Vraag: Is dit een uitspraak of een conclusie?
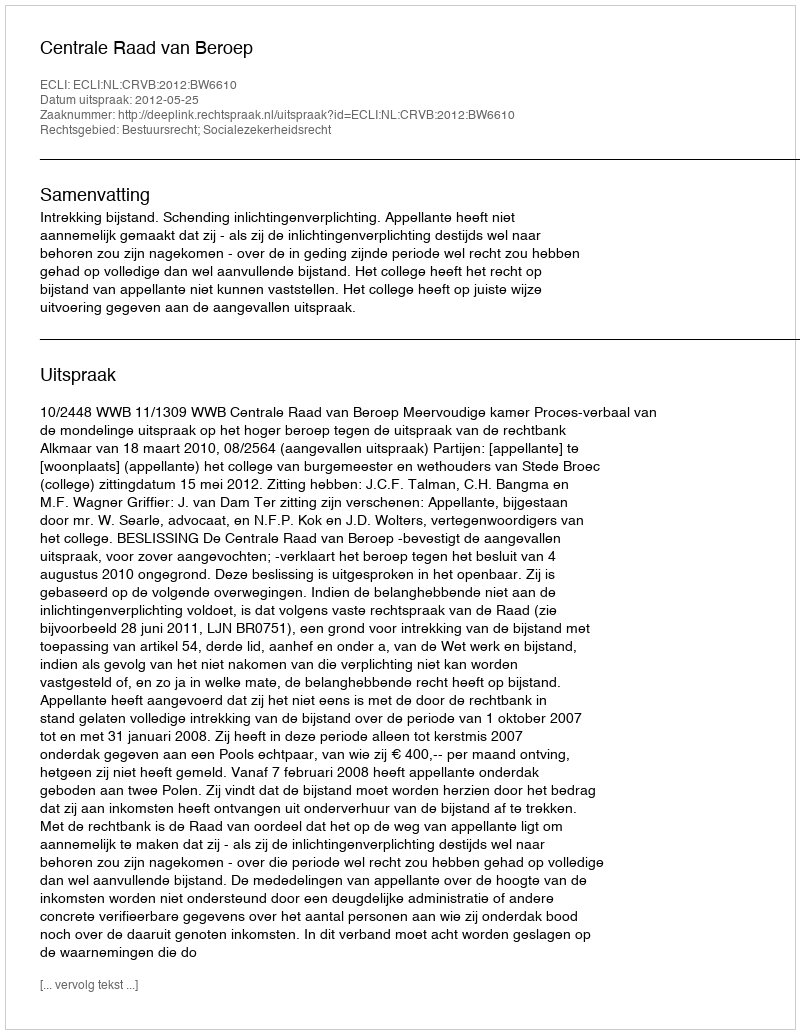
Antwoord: Uitspraak